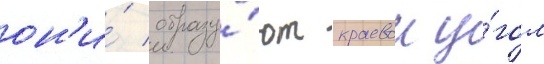
он'и́ образу́ют краевои у́гол